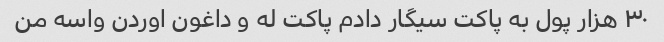
۳۰ هزار پول به پاکت سیگار دادم پاکت له و داغون اوردن واسه من